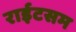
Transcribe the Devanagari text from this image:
राईटसम